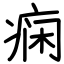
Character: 痫